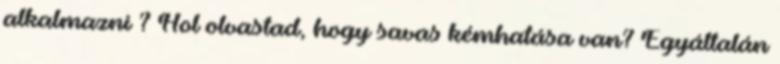
alkalmazni ? Hol olvastad, hogy savas kémhatása van? Egyáltalán